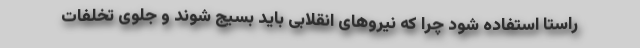
راستا استفاده شود چرا که نیروهای انقلابی باید بسیج شوند و جلوی تخلفات